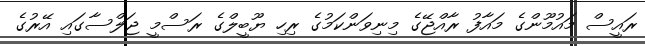
ރައީސް މައުމޫންގެ މައާފު ރާއްޖޭގެ މިނިވަންކަމުގެ ރިހި ޔޫބީލްގެ ރަސްމީ ޖަލްސާގައި އޭރުގެ